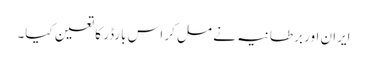
ایران اور برطانیہ نے مل کر اس بارڈر کا تعین کیا۔